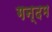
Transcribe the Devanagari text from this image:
गन्दम